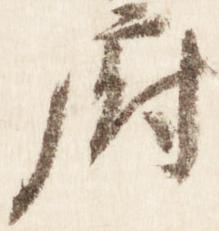
府